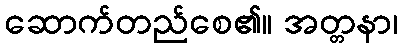
ဆောက်တည်စေ၏။ အတ္တနာ၊